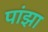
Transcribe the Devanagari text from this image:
पांझा